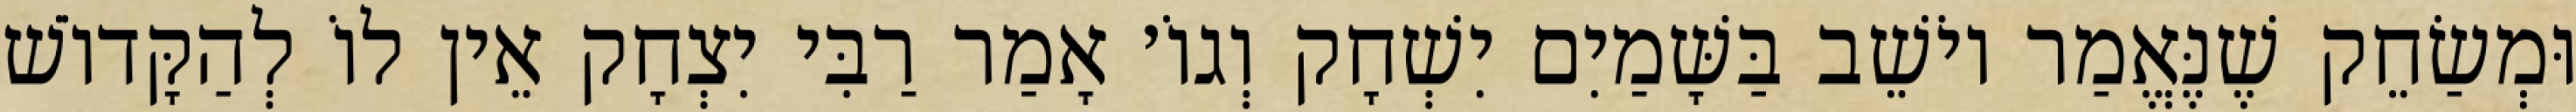
וּמְשַׂחֵק שֶׁנֶּאֱמַר יוֹשֵׁב בַּשָּׁמַיִם יִשְׁחָק וְגוֹ׳ אָמַר רַבִּי יִצְחָק אֵין לוֹ לְהַקָּדוֹשׁ